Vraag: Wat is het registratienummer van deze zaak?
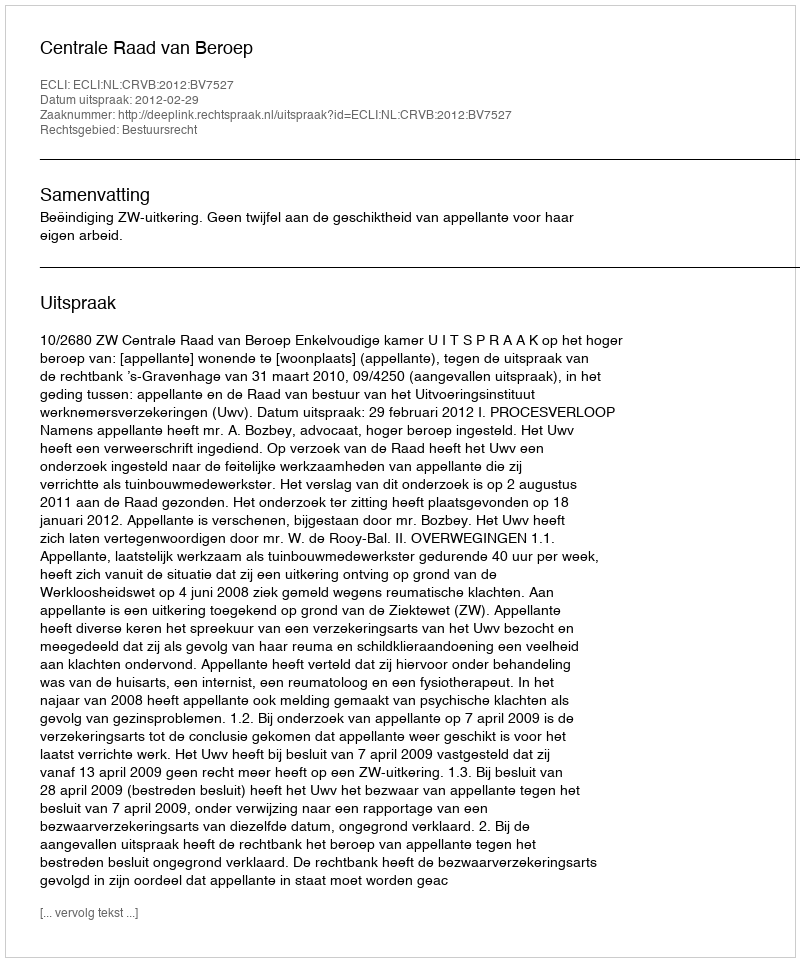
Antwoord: http://deeplink.rechtspraak.nl/uitspraak?id=ECLI:NL:CRVB:2012:BV7527